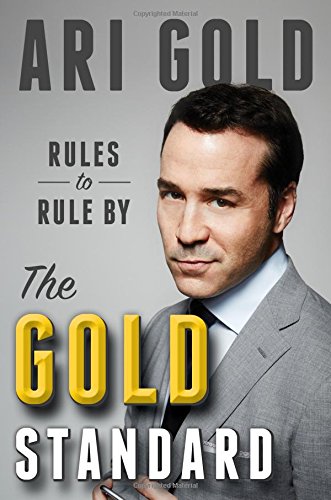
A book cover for The Gold Standard: Rules to Rule By; Ari Gold; Humor & Entertainment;